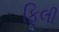
ફિલી